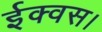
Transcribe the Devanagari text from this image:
ईक्वस।